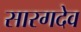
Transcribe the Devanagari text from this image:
सारगदेव